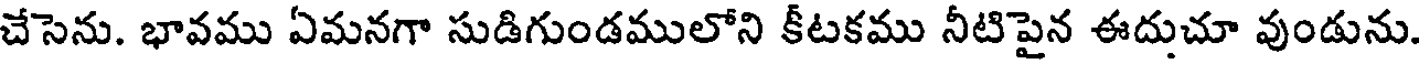
చేసెను. భావము ఏమనగా సుడిగుండములోని కీటకము నీటిపైన ఈదుచూ వుండును.